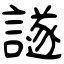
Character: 譢